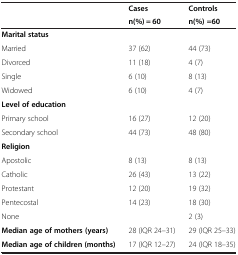
<table><thead><tr><td rowspan="2"><b> </b></td><td><b>Cases</b></td><td><b>Controls</b></td></tr><tr><td><b>n(%) = 60</b></td><td><b>n(%) =60</b></td></tr></thead><tbody><tr><td><b>Marital status</b></td><td> </td><td> </td></tr><tr><td>Married</td><td>37 (62)</td><td>44 (73)</td></tr><tr><td>Divorced</td><td>11 (18)</td><td>4 (7)</td></tr><tr><td>Single</td><td>6 (10)</td><td>8 (13)</td></tr><tr><td>Widowed</td><td>6 (10)</td><td>4 (7)</td></tr><tr><td><b>Level of education</b></td><td> </td><td> </td></tr><tr><td>Primary school</td><td>16 (27)</td><td>12 (20)</td></tr><tr><td>Secondary school</td><td>44 (73)</td><td>48 (80)</td></tr><tr><td><b>Religion</b></td><td> </td><td> </td></tr><tr><td>Apostolic</td><td>8 (13)</td><td>8 (13)</td></tr><tr><td>Catholic</td><td>26 (43)</td><td>13 (22)</td></tr><tr><td>Protestant</td><td>12 (20)</td><td>19 (32)</td></tr><tr><td>Pentecostal</td><td>14 (23)</td><td>18 (30)</td></tr><tr><td>None</td><td> </td><td>2 (3)</td></tr><tr><td><b>Median age of mothers (years)</b></td><td>28 (IQR 24–31)</td><td>29 (IQR 25–33)</td></tr><tr><td><b>Median age of children (months)</b></td><td>17 (IQR 12–27)</td><td>24 (IQR 18–35)</td></tr></tbody></table>